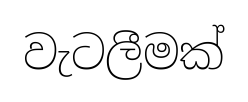
වැටලීමක්